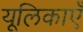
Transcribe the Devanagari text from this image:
यूलिकाएँ